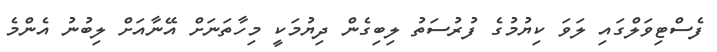
ފެސްޓިވަލްގައި ލަވަ ކިޔުމުގެ ފުރުސަތު ލިބިގެން ދިޔުމަކީ މިހާތަނަށް އޭނާއަށް ލިބުނު އެންމެ